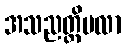
အသညတ္တိဗလာ